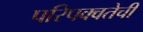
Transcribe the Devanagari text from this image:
परिपक्वतेची